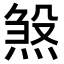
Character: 𪹉